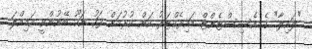
"ލައިލާ" ގެ އެސިސްޓެންޓް ޑައިރެކްޓަރު ކަން ކުރުމަށް ފަހު ނަހޫ ބޭނުންވީ އަމިއްލަ